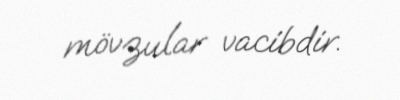
mövzular vacibdir.